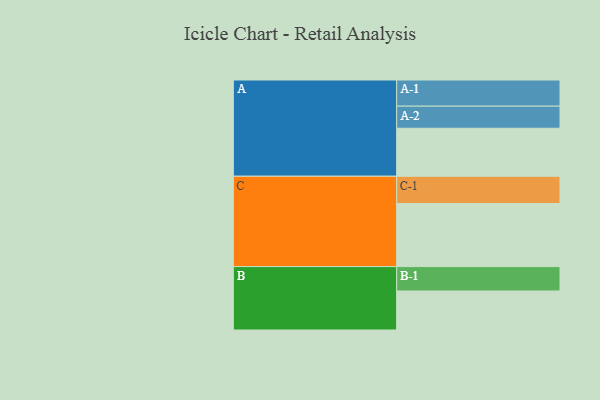
{"axis": {"x": "Segment", "y": "Value"}, "legend": ["", "A", "B", "C"], "data": [{"x": "A", "y": 415, "type": ""}, {"x": "B", "y": 337, "type": ""}, {"x": "C", "y": 545, "type": ""}, {"x": "A-1", "y": 226, "type": "A"}, {"x": "A-2", "y": 191, "type": "A"}, {"x": "B-1", "y": 211, "type": "B"}, {"x": "C-1", "y": 236, "type": "C"}]}